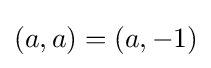
(a,a)=(a,-1)